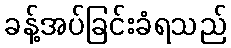
ခန့်အပ်ခြင်းခံရသည်